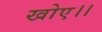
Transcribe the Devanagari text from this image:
खोए।।